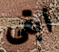
ابقى